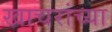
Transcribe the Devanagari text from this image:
खाचरांच्या